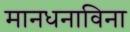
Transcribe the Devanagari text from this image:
मानधनाविना